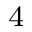
^ { 4 }